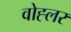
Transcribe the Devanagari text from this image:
वोह्लर